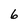
Character: 6